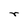
Character: r